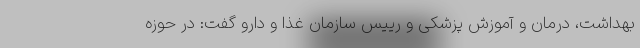
بهداشت، درمان و آموزش پزشکی و رییس سازمان غذا و دارو گفت: در حوزه